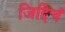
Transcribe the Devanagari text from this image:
जिद्दिचं